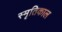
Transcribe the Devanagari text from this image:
स्मृतिकाल